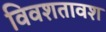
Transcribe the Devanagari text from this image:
विवशतावश